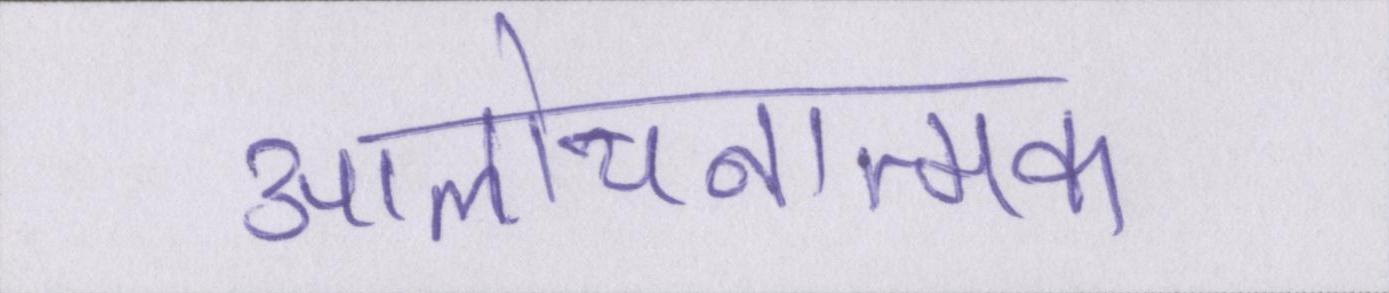
आलोचनात्मक